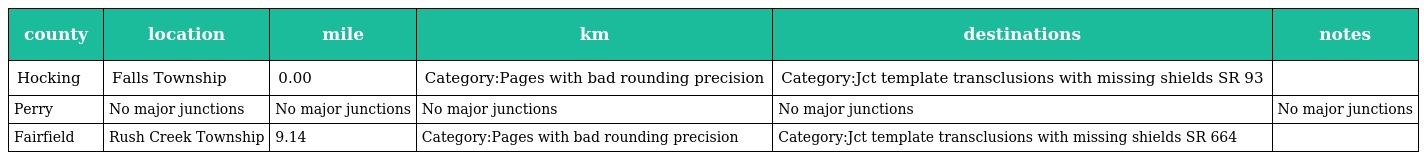
| county | location | mile | km | destinations | notes |
 | --- | --- | --- | --- | --- | --- |
 | Hocking | Falls Township | 0.00 | Category:Pages with bad rounding precision | Category:Jct template transclusions with missing shields SR 93 |  |
 | Perry | No major junctions | No major junctions | No major junctions | No major junctions | No major junctions |
 | Fairfield | Rush Creek Township | 9.14 | Category:Pages with bad rounding precision | Category:Jct template transclusions with missing shields SR 664 |  |